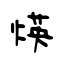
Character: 煐